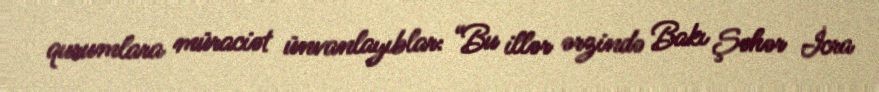
qurumlara müraciət ünvanlayıblar: “Bu illər ərzində Bakı Şəhər İcra